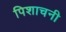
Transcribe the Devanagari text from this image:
पिशाचनी